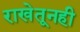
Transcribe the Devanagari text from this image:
राखेतूनही